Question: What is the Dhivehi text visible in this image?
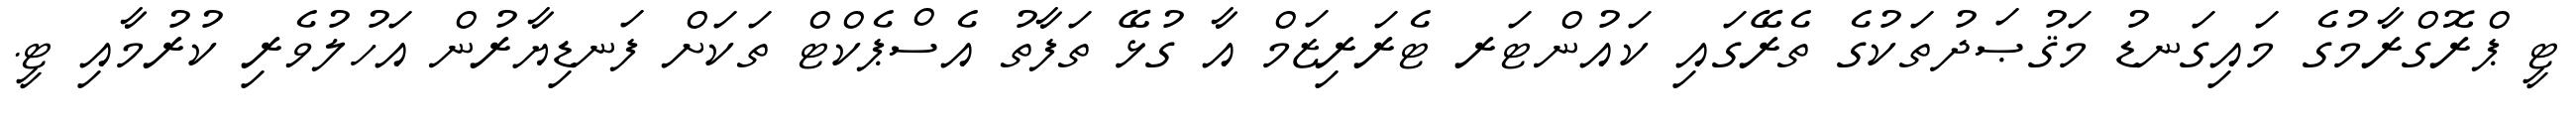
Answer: ޓީ ޕްރޮގްރާމުގެ މައިގަނޑު މަޤުޞަދުތަކުގެ ތެރޭގައި ކައުންޓަރ ޓެރަރިޒަމް އާ ގުޅޭ ތަފާތު އެސްޕެކްޓް ތަކަށް ފަނޑިޔާރުން އަހުލުވެރި ކުރުމާއި ޓީ.